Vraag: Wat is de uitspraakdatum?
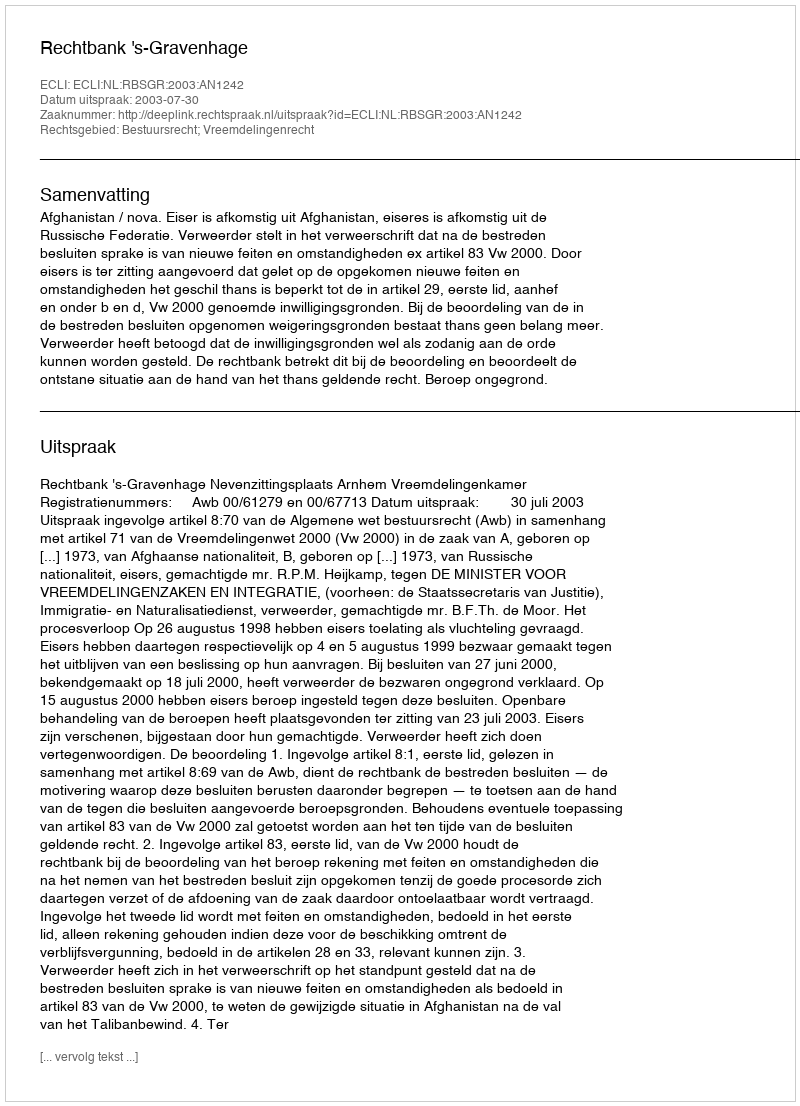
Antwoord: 2003-07-30